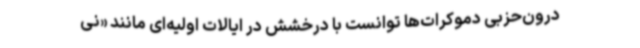
درون‌حزبی دموکرات‌ها توانست با درخشش در ایالات اولیه‌ای مانند «نی